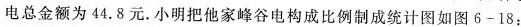
电总金额为44.8元。小明把他家峰谷电构成比例制成统计图如图6-18：